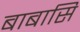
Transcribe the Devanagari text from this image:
बाबासि